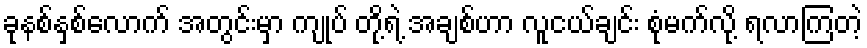
ခုနစ်နှစ်လောက် အတွင်းမှာ ကျုပ် တို့ရဲ့ အချစ်ဟာ လူငယ်ချင်း စုံမက်လို့ ရလာကြတဲ့